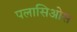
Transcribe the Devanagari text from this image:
पलासिओस